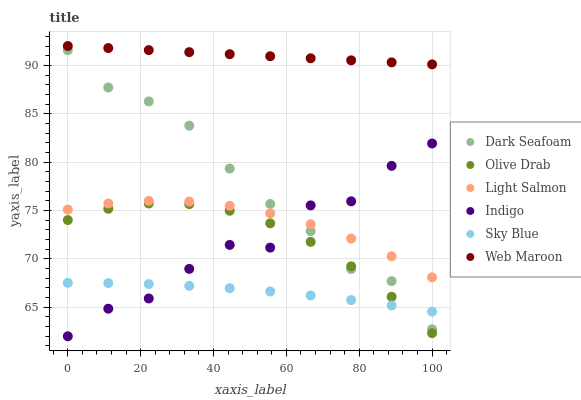
| xaxis_label | Dark Seafoam | Olive Drab | Light Salmon | Indigo | Sky Blue | Web Maroon |
 | --- | --- | --- | --- | --- | --- | --- |
 | 0 | 91.6 | 74 | 75.1 | 62 | 67.5 | 92 |
 | 11.1 | 87.7 | 75.2 | 75.7 | 64.8 | 67.5 | 91.8 |
 | 22.2 | 86.3 | 75.7 | 76 | 65.9 | 67.4 | 91.6 |
 | 33.3 | 83.8 | 75.7 | 75.9 | 69 | 67.2 | 91.4 |
 | 44.4 | 79.3 | 75 | 75.5 | 71.4 | 67 | 91.2 |
 | 55.6 | 75.7 | 73.7 | 74.7 | 71.2 | 66.6 | 90.9 |
 | 66.7 | 72.9 | 71.8 | 73.6 | 75.5 | 66.2 | 90.7 |
 | 77.8 | 69 | 69.2 | 72.1 | 75.9 | 65.7 | 90.5 |
 | 88.9 | 67.7 | 66.1 | 70.3 | 79.6 | 65.2 | 90.3 |
 | 100 | 62.7 | 62.3 | 68.1 | 81.9 | 64.5 | 90.1 |